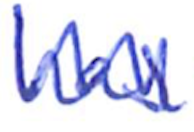
Text: has
Cross-out: zig-zag
Writing tool: ballpoint